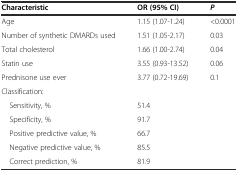
<table><thead><tr><td><b>Characteristic</b></td><td><b>OR (95% CI)</b></td><td><b><i>P</i></b></td></tr></thead><tbody><tr><td>Age</td><td>1.15 (1.07-1.24)</td><td>&lt;0.0001</td></tr><tr><td>Number of synthetic DMARDs used</td><td>1.51 (1.05-2.17)</td><td>0.03</td></tr><tr><td>Total cholesterol</td><td>1.66 (1.00-2.74)</td><td>0.04</td></tr><tr><td>Statin use</td><td>3.55 (0.93-13.52)</td><td>0.06</td></tr><tr><td>Prednisone use ever</td><td>3.77 (0.72-19.69)</td><td>0.1</td></tr><tr><td>Classification:</td><td></td><td></td></tr><tr><td> Sensitivity, %</td><td>51.4</td><td></td></tr><tr><td> Specificity, %</td><td>91.7</td><td></td></tr><tr><td> Positive predictive value, %</td><td>66.7</td><td></td></tr><tr><td> Negative predictive value, %</td><td>85.5</td><td></td></tr><tr><td> Correct prediction, %</td><td>81.9</td><td></td></tr></tbody></table>